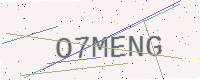
Text: O7MENG